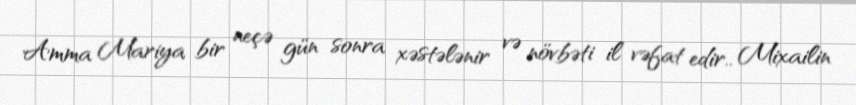
Amma Mariya bir neçə gün sonra xəstələnir və növbəti il vəfat edir.. Mixailin